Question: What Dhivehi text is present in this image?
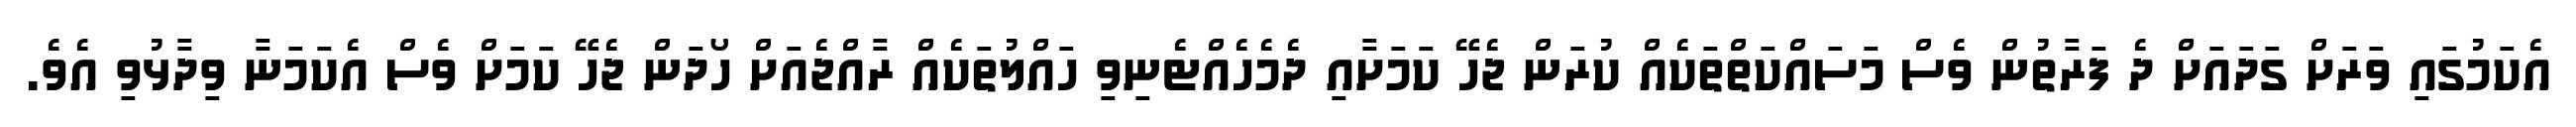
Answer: އެކަމުގައި ވަރަށް ގަދައަށް ދެ ފަރާތުން ވެސް މަސައްކަތްތަކެއް ކުރަން ޖެހޭ ކަމަށާއި ދެމެހެއްޓެނިވި ހައްލުތަކެއް ރާއްޖެއަށް ހޯދަން ޖެހޭ ކަމަށް ވެސް އެކަމަނާ ވިދާޅުވި އެވެ.